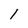
Character: 1